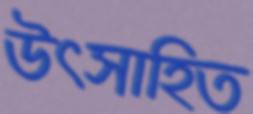
উৎসাহিত